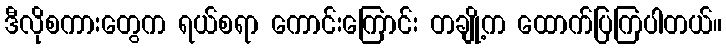
ဒီလိုစကားတွေက ရယ်စရာ ကောင်းကြောင်း တချို့က ထောက်ပြကြပါတယ်။